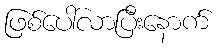
ဖြစ်ပေါ်လာပြီးနောက်